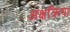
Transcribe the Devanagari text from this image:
अक्षक्रिया